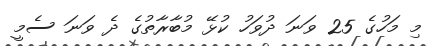
މި މަހުގެ 25 ވަނަ ދުވަހު ކުޅޭ މުބާރާތުގެ ދެ ވަނަ ސެމީ